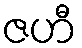
ဇဟီ